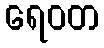
ရေဝတ